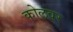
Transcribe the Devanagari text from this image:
कोलवर